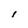
Character: l